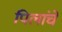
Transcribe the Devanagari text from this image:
पिलांचें